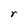
Character: r